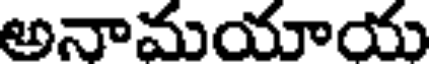
అనామయాయ